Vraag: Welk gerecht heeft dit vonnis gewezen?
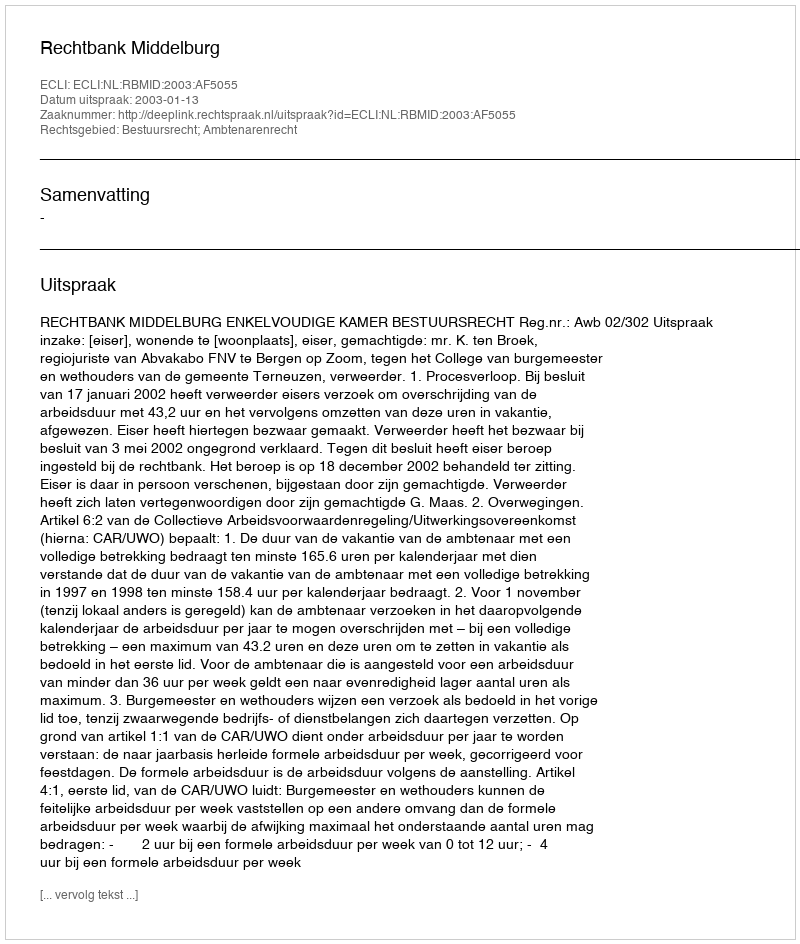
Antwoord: Rechtbank Middelburg